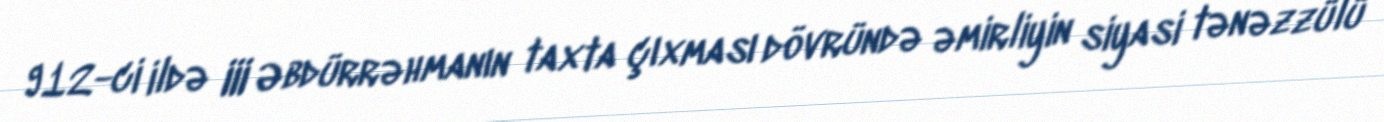
912-ci ildə III Əbdürrəhmanın taxta çıxması dövründə əmirliyin siyasi tənəzzülü